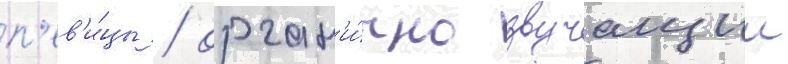
п'ев'и́цы / орган'и́чно звучащии